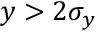
y > 2 \sigma _ { y }